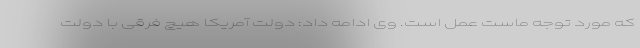
که مورد توجه ماست عمل است. وی ادامه داد: دولت آمریکا هیچ فرقی با دولت